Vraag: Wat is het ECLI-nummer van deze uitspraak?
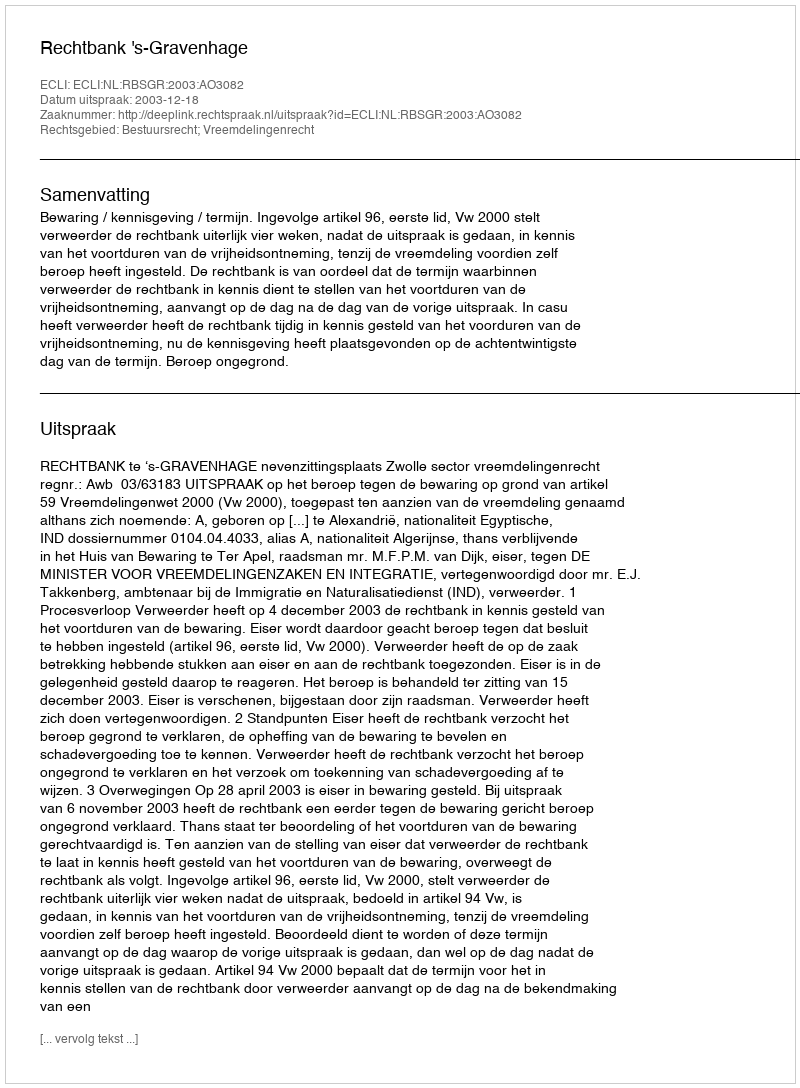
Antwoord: ECLI:NL:RBSGR:2003:AO3082